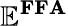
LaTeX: \mathbf{\mathbb{E}^{FFA}}